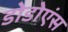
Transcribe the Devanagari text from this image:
डोडोएंस